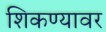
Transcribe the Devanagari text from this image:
शिकण्यावर